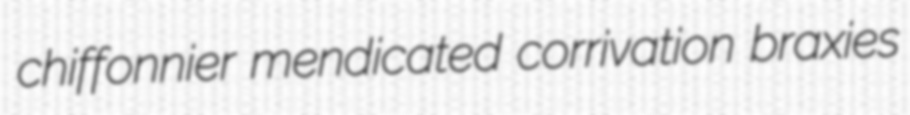
chiffonnier mendicated corrivation braxies